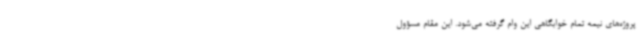
پروژه‌های نیمه تمام خوابگاهی این وام گرفته می‌شود. این مقام مسؤول